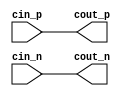
// SPDX-License-Identifier: Apache-2.0
// Copyright (C) 2019 Intel Corporation. 
//------------------------------------------------------------------------
//
// Revision:    $Revision: #1 $
//------------------------------------------------------------------------
// Description: big size dqs driver
//
//------------------------------------------------------------------------

module io_dqs_clkdrv (
input          cin_p,           	// 
input          cin_n,           	//
output         cout_p,                  //
output         cout_n                  //
);

`ifdef TIMESCALE_EN
                timeunit 1ps;
                timeprecision 1ps;
`endif

parameter  INV_DELAY      = 15;  // 15ps

assign #(4 * INV_DELAY) cout_p = cin_p;
assign #(4 * INV_DELAY) cout_n = cin_n;

endmodule